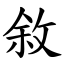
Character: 敘